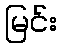
မြင်း